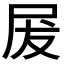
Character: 𭕖